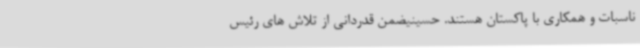
ناسبات و همکاری با پاکستان هستند. حسینیضمن قدردانی از تلاش های رئیس